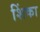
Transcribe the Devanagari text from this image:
शिंका